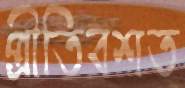
প্রীতিবশত